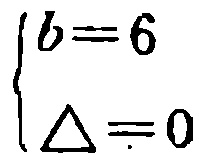
\[

\begin{cases}

b = 6 \\

\Delta = 0

\end{cases}

\]